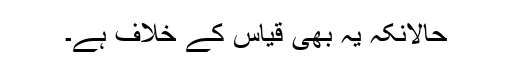
حالانکہ یہ بھی قیاس کے خلاف ہے۔